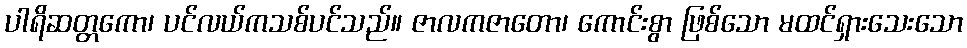
ပါရိဆတ္တကော၊ ပင်လယ်ကသစ်ပင်သည်။ ဇာလကဇာတော၊ ကောင်းစွာ ဖြစ်သော မထင်ရှားသေးသော